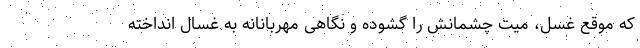
که موقع غسل، میت چشمانش را گشوده و نگاهی مهربانانه به غسال انداخته